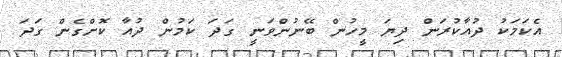
އެކަމަކު ދުއާކުރަން ދިޔަ މީހުން ބޭނުންވަނީ ގަދަ ކަމުން ދުއާ ކޮށްގެން ގަދަ